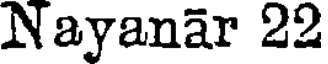
Nayanar 22